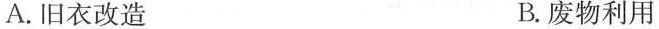
A.旧衣改造 B.废物利用